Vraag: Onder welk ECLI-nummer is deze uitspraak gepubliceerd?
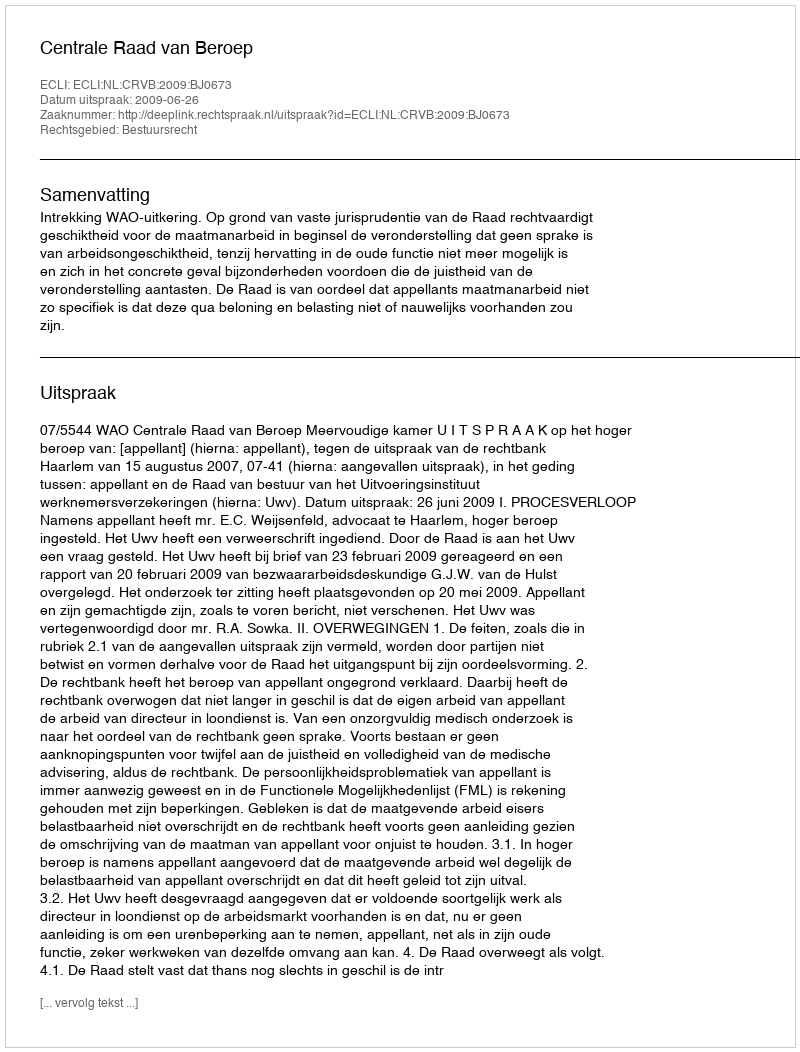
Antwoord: ECLI:NL:CRVB:2009:BJ0673